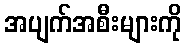
အပျက်အစီးများကို